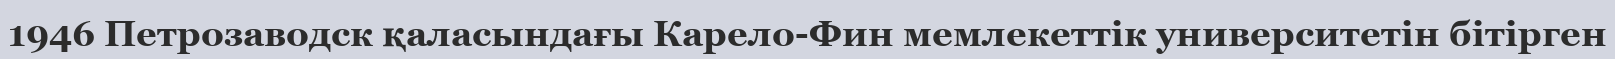
1946 Петрозаводск қаласындағы Карело-Фин мемлекеттік университетін бітірген